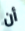
أن